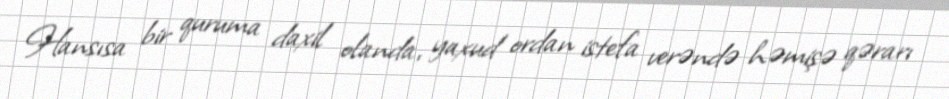
Hansısa bir quruma daxil olanda, yaxud ordan istefa verəndə həmişə qərarı